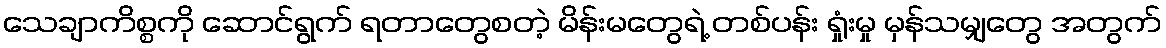
သေချာကိစ္စကို ဆောင်ရွက် ရတာတွေစတဲ့ မိန်းမတွေရဲ့ တစ်ပန်း ရှုံးမှု မှန်သမျှတွေ အတွက်